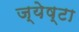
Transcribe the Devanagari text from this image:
ज्येष्टा